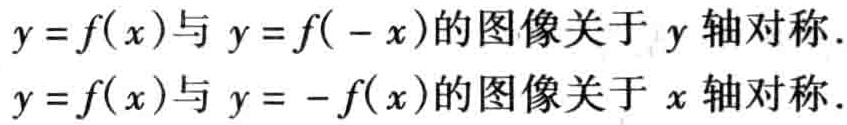
\(y = f(x)\)与\(y = f( - x)\)的图像关于\(y\)轴对称.

\(y = f(x)\)与\(y = - f(x)\)的图像关于\(x\)轴对称.